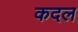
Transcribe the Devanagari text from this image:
कदल